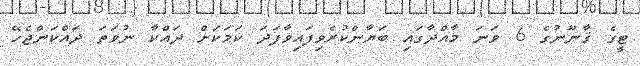
ޓީގެ ޤާނޫނުގެ 6 ވަނަ މާއްދާގައި ބަޔާންކުރެވިފައިވާފަދަ ކަމަކަށް ދައްކާ ނުވަތަ ދައްކަންޖެހޭ